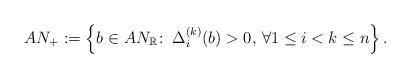
LaTeX: \begin{align*} AN_+ := \left\{ b \in AN_{\mathbb{R}} \colon \, \Delta_i^{(k)}(b)>0,\, \forall 1 \leq i < k \leq n\right\}.\end{align*}